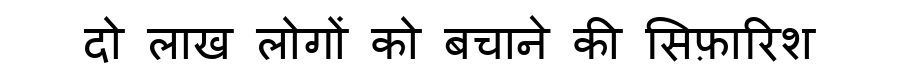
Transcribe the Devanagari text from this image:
दो लाख लोगों को बचाने की सिफ़ारिश